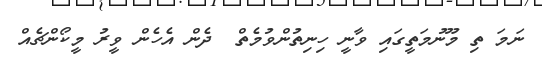
ނަމަ ތި މޫނުމަތީގައި ވާނީ ހިނިތުންވުމެތް  ދެން އެހެން ވީރު މީކޯންޗެއް